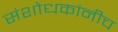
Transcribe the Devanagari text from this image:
संशोधकांनीच